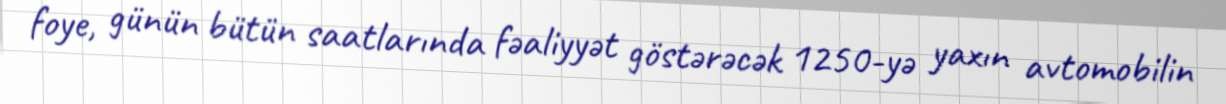
foye, günün bütün saatlarında fəaliyyət göstərəcək 1250-yə yaxın avtomobilin